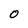
Character: O